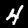
Digit: 4